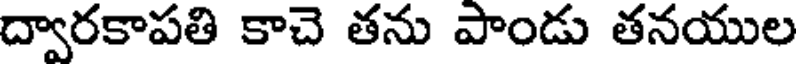
ద్వారకాపతి కాచె తను పాండు తనయుల